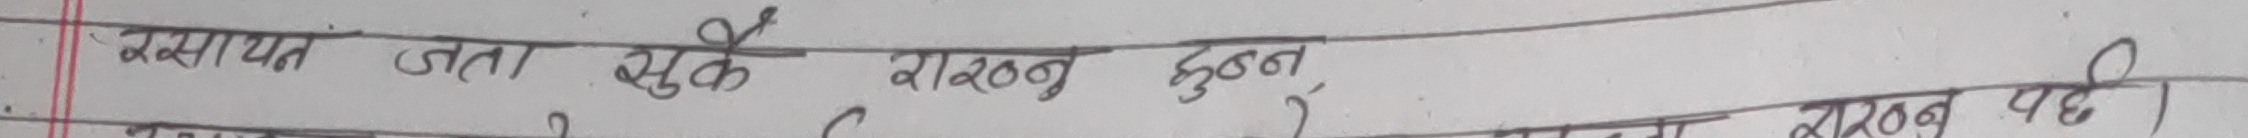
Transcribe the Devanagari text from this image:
रसायन जता चुके राखव छुब्बन
राखव पही